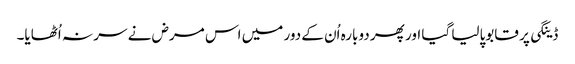
ڈینگی پر قابوپالیا گیا اور پھر دوبارہ اُن کے دور میں اس مرض نے سر نہ اُٹھایا۔